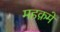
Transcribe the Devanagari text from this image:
महक़मे